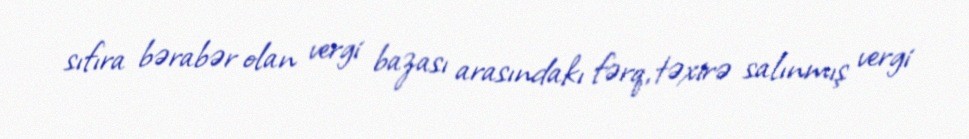
sıfıra bərabər olan vergi bazası arasındakı fərq, təxirə salınmış vergi